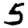
Digit: 5